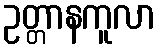
ဥတ္တာနကူလာ